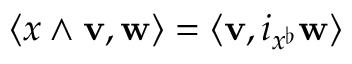
\langle x \wedge \mathbf { v } , \mathbf { w } \rangle = \langle \mathbf { v } , i _ { x ^ { \flat } } \mathbf { w } \rangle